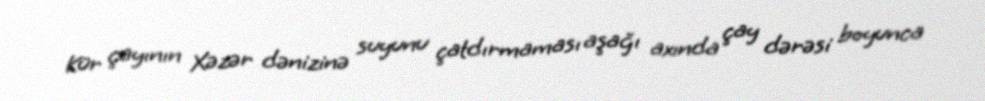
Kür çayının Xəzər dənizinə suyunu çatdırmaması aşağı axında çay dərəsi boyunca